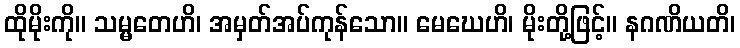
ထိုမိုးကို။ သမ္မတေဟိ၊ အမှတ်အပ်ကုန်သော။ မေဃေဟိ၊ မိုးတို့ဖြင့်။ နဂဏိယတိ၊